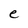
Character: e